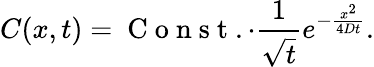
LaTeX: C(x,t)=\mathrm{~C~o~n~s~t~}.\cdot\frac{1}{\sqrt{t}}e^{-\frac{x^{2}}{4Dt}}.